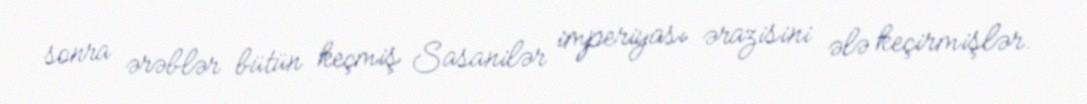
sonra ərəblər bütün keçmiş Sasanilər imperiyası ərazisini ələ keçirmişlər.